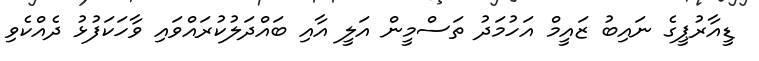
ޑީއާރުޕީގެ ނައިބު ޒައީމް އަހުމަދު ތަސްމީން އަލީ އާއި ބައްދަލުކުރައްވައި ވާހަކަފުޅު ދެއްކެވި